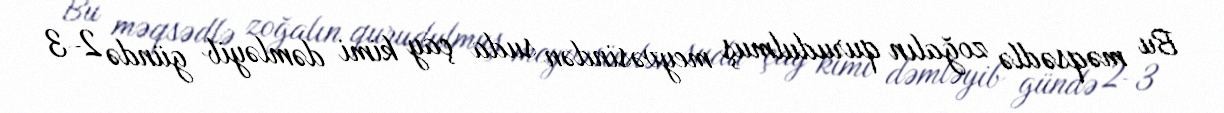
Bu məqsədlə zoğalın qurudulmuş meyvəsindən suda çay kimi dəmləyib gündə 2-3